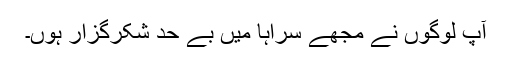
آپ لوگوں نے مجھے سراہا میں بے حد شکرگزار ہوں۔